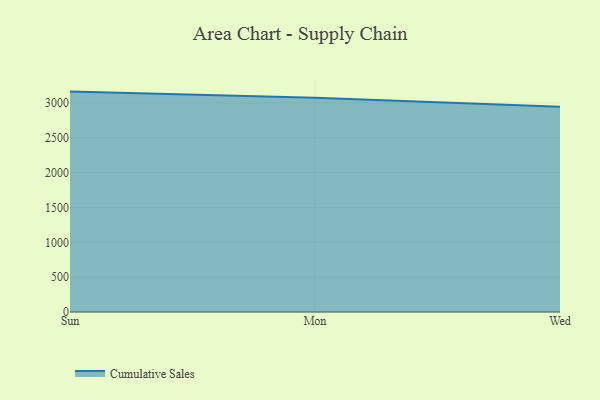
{"axis": {"x": "Day", "y": "LTV (USD)"}, "legend": ["Cumulative Sales"], "data": [{"x": "Sun", "y": 3162.2, "type": "Cumulative Sales"}, {"x": "Mon", "y": 3073.5, "type": "Cumulative Sales"}, {"x": "Wed", "y": 2943.8, "type": "Cumulative Sales"}]}